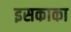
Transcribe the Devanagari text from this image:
इसकाका